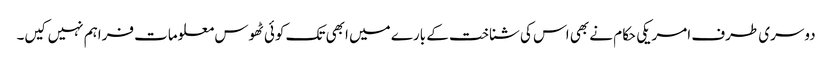
دوسری طرف امریکی حکام نے بھی اس کی شناخت کے بارے میں ابھی تک کوئی ٹھوس معلومات فراہم نہیں کیں۔